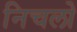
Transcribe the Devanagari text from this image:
निचलो